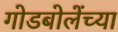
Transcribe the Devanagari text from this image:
गोडबोलेंच्या